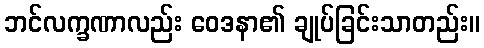
ဘင်လက္ခဏာလည်း ဝေဒနာ၏ ချုပ်ခြင်းသာတည်း။